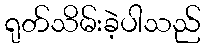
ရုတ်သိမ်းခဲ့ပါသည်